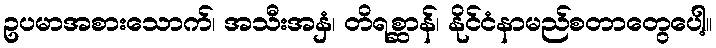
ဥပမာအစားသောက်၊ အသီးအနှံ၊ တိရစ္ဆာန်၊ နိုင်ငံနာမည်စတာတွေပေါ့။